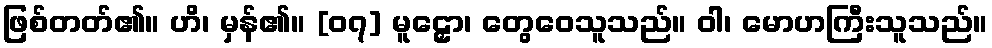
ဖြစ်တတ်၏။ ဟိ၊ မှန်၏။ [၀၇] မူဠှော၊ တွေဝေသူသည်။ ဝါ၊ မောဟကြီးသူသည်။